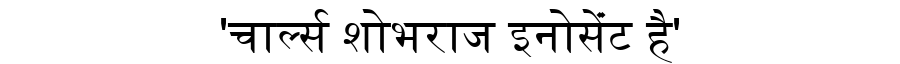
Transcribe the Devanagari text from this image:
'चार्ल्स शोभराज इनोसेंंट है'